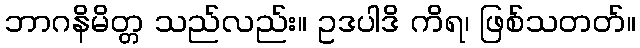
ဘာဂနိမိတ္တ သည်လည်း။ ဥဒပါဒိ ကိရ၊ ဖြစ်သတတ်။